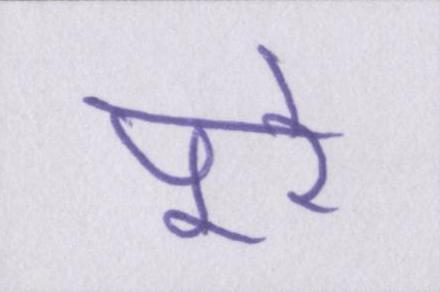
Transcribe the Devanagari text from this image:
पूरे